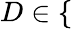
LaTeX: D\in\{